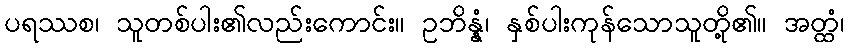
ပရဿစ၊ သူတစ်ပါး၏လည်းကောင်း။ ဥဘိန္နံ၊ နှစ်ပါးကုန်သောသူတို့၏။ အတ္ထံ၊